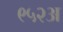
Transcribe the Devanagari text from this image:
९५२अ